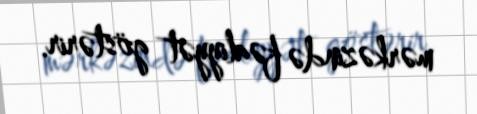
mərkəzində fəaliyyət göstərir.